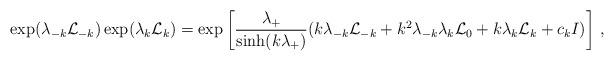
LaTeX: \begin{align*}\exp({\lambda_{-k}{\cal L}_{-k}})\exp({\lambda_k{\cal L}_k})=\exp\bigg[ {\lambda_+\over \sinh (k\lambda_+)}(k\lambda_{-k}{\cal L}_{-k}+k^2\lambda_{-k}\lambda_k{\cal L}_0+k\lambda_k {\cal L}_k+c_kI)\bigg]\ ,\end{align*}